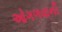
ઓગળવાની